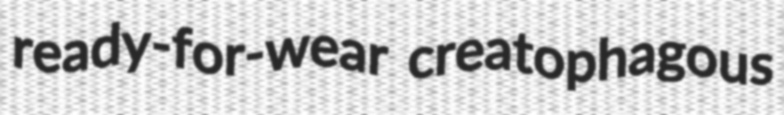
ready-for-wear creatophagous